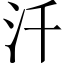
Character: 汘